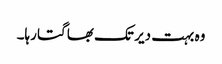
وہ بہت دیر تک بھاگتا رہا۔